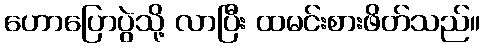
ဟောပြောပွဲသို့ လာပြီး ထမင်းစားဖိတ်သည်။